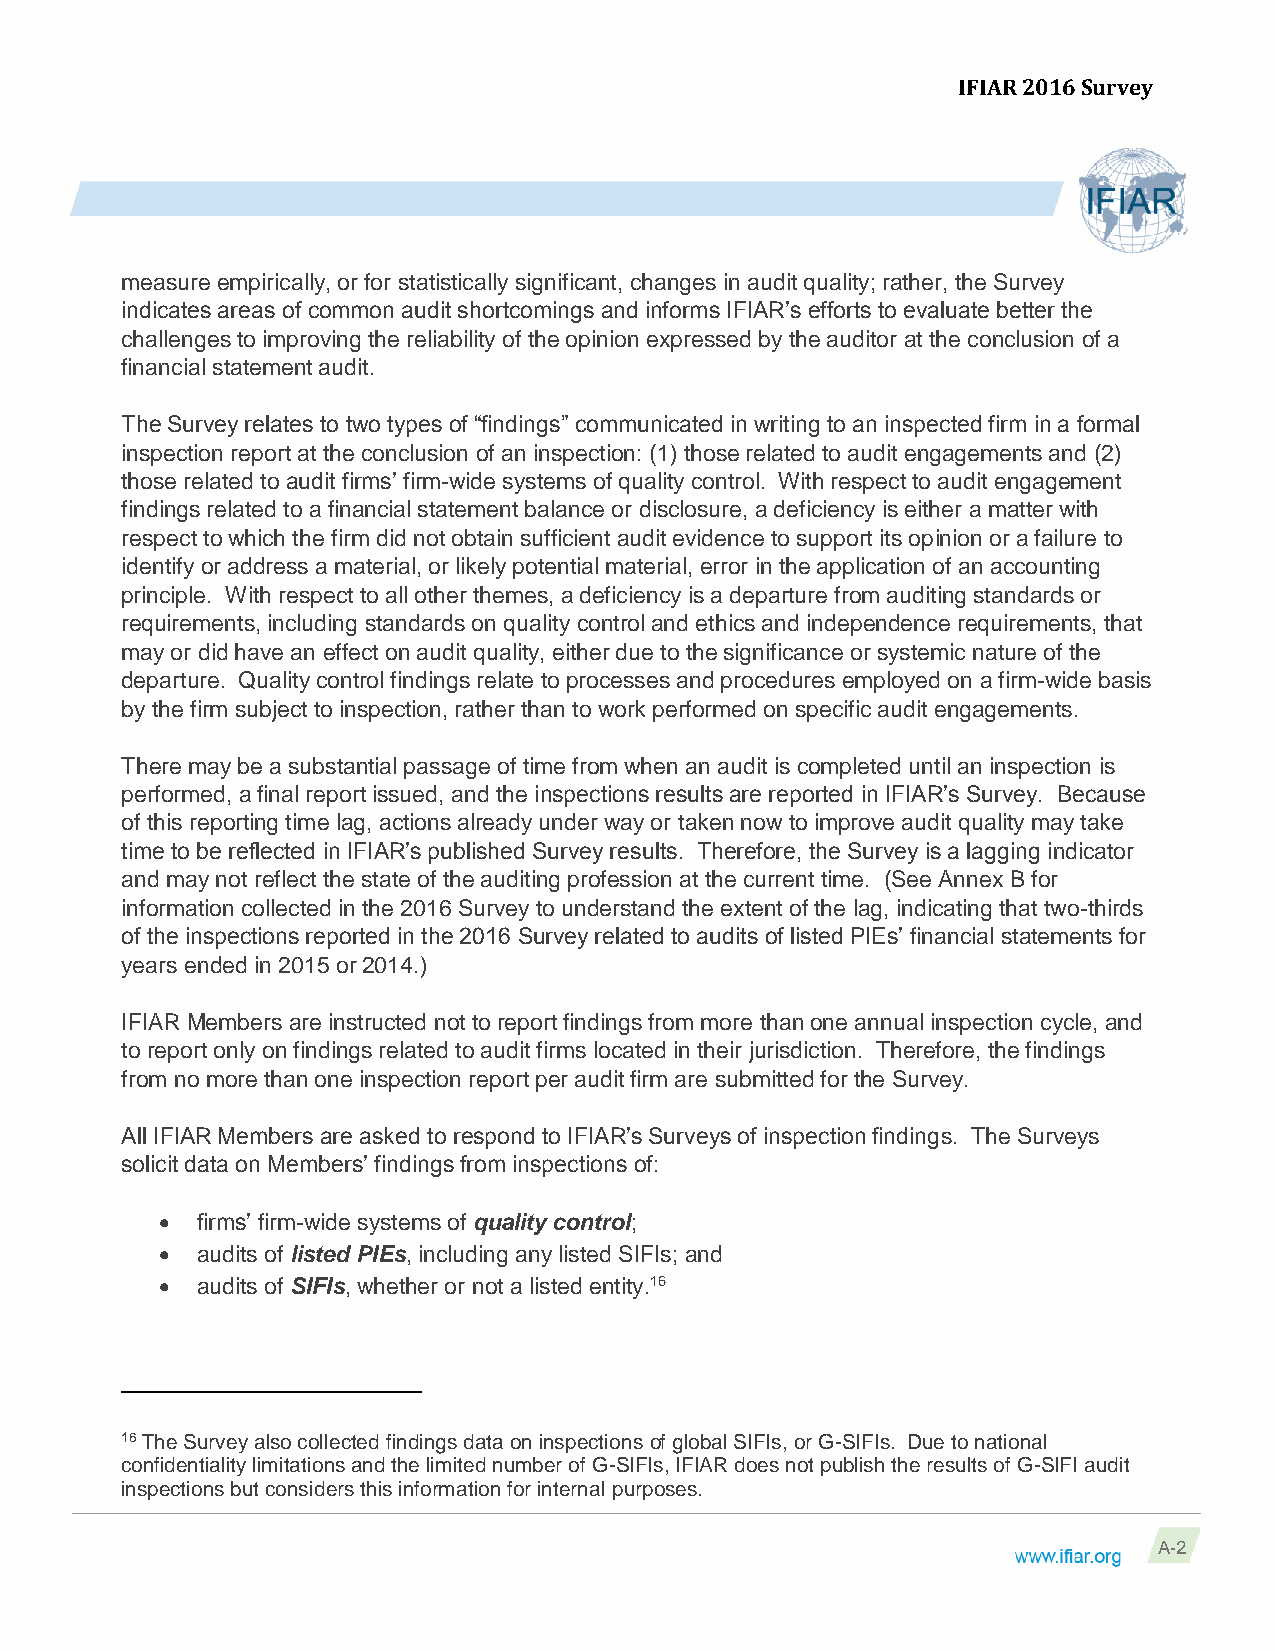
IFIAR 2016 Survey
 measure empirically, or for statistically significant, changes in audit quality; rather, the Survey
 indicates areas of common audit shortcomings and informs IFIAR’s efforts to evaluate better the
 challenges to improving the reliability of the opinion expressed by the auditor at the conclusion of a
 financial statement audit.
 The Survey relates to two types of “findings” communicated in writing to an inspected firm in a formal
 inspection report at the conclusion of an inspection: (1) those related to audit engagements and (2)
 those related to audit firms’ firm-wide systems of quality control. With respect to audit engagement
 findings related to a financial statement balance or disclosure, a deficiency is either a matter with
 respect to which the firm did not obtain sufficient audit evidence to support its opinion or a failure to
 identify or address a material, or likely potential material, error in the application of an accounting
 principle. With respect to all other themes, a deficiency is a departure from auditing standards or
 requirements, including standards on quality control and ethics and independence requirements, that
 may or did have an effect on audit quality, either due to the significance or systemic nature of the
 departure. Quality control findings relate to processes and procedures employed on a firm-wide basis
 by the firm subject to inspection, rather than to work performed on specific audit engagements.
 There may be a substantial passage of time from when an audit is completed until an inspection is
 performed, a final report issued, and the inspections results are reported in IFIAR’s Survey. Because
 of this reporting time lag, actions already under way or taken now to improve audit quality may take
 time to be reflected in IFIAR’s published Survey results. Therefore, the Survey is a lagging indicator
 and may not reflect the state of the auditing profession at the current time. (See Annex B for
 information collected in the 2016 Survey to understand the extent of the lag, indicating that two-thirds
 of the inspections reported in the 2016 Survey related to audits of listed PIEs’ financial statements for
 years ended in 2015 or 2014.)
 IFIAR Members are instructed not to report findings from more than one annual inspection cycle, and
 to report only on findings related to audit firms located in their jurisdiction. Therefore, the findings
 from no more than one inspection report per audit firm are submitted for the Survey.
 All IFIAR Members are asked to respond to IFIAR’s Surveys of inspection findings. The Surveys
 solicit data on Members’ findings from inspections of:
  firms’ firm-wide systems of quality control;
  audits of listed PIEs, including any listed SIFIs; and
  audits of SIFIs, whether or not a listed entity.16
 16 The Survey also collected findings data on inspections of global SIFIs, or G-SIFIs. Due to national
 confidentiality limitations and the limited number of G-SIFIs, IFIAR does not publish the results of G-SIFI audit
 inspections but considers this information for internal purposes.
 A-2